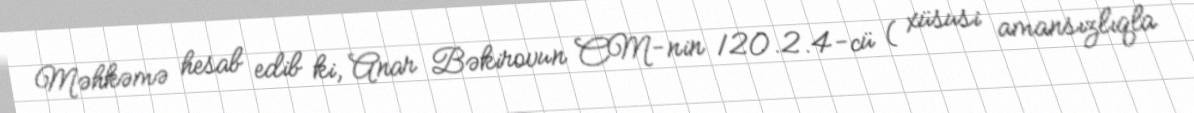
Məhkəmə hesab edib ki, Anar Bəkirovun CM-nin 120.2.4-cü ( xüsusi amansızlıqla